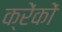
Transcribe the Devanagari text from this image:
क्रेंकों